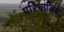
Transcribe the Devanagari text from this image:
परिचालिका